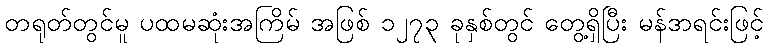
တရုတ်တွင်မူ ပထမဆုံးအကြိမ် အဖြစ် ၁၂၇၃ ခုနှစ်တွင် တွေ့ရှိပြီး မန်ဒာရင်းဖြင့်